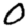
Digit: 0